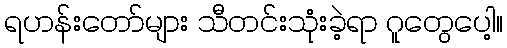
ရဟန်းတော်များ သီတင်းသုံးခဲ့ရာ ဂူတွေပေါ့။